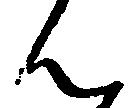
ん